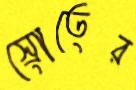
স্রোতের